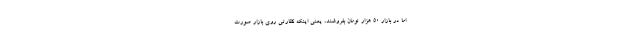
اما در بازار ۵۰ هزار تومان بفروشند، یعنی اینکه نظارتی روی بازار صورت